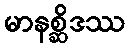
မာနစ္ဆိဒဿ